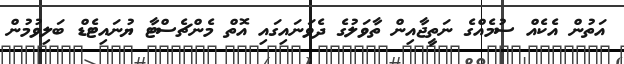
އަތުން އެކެއް ސުމެއްގެ ނަތީޖާއިން ތާވަލުގެ ދެވަނައިގައި އޮތް މެންޗެސްޓާ ޔުނައިޓެޑް ބަލިވުމުން